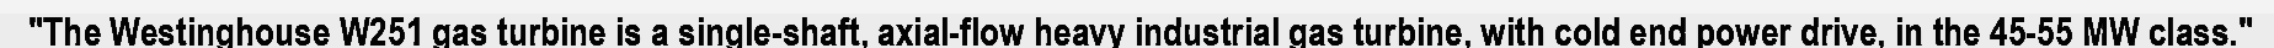
"The Westinghouse W251 gas turbine is a single-shaft, axial-flow heavy industrial gas turbine, with cold end power drive, in the 45-55 MW class."